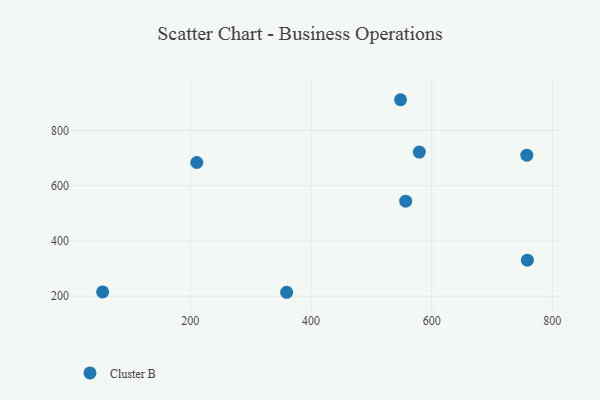
{"axis": {"x": "Engine Size", "y": "Yield"}, "legend": ["Cluster B"], "data": [{"x": "758.6", "y": 330.6, "type": "Cluster B"}, {"x": "210.7", "y": 684.0, "type": "Cluster B"}, {"x": "548.4", "y": 911.2, "type": "Cluster B"}, {"x": "757.7", "y": 710.6, "type": "Cluster B"}, {"x": "579.5", "y": 721.9, "type": "Cluster B"}, {"x": "556.9", "y": 543.9, "type": "Cluster B"}, {"x": "359.6", "y": 214.4, "type": "Cluster B"}, {"x": "54.6", "y": 215.5, "type": "Cluster B"}]}